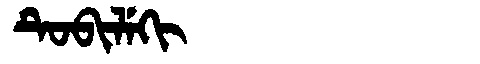
Manchu: ᡨᡠᠪᡳᠯᡝᡴᡳ
Romanization: TUBILEKI